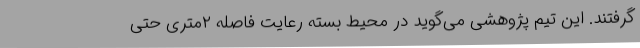
گرفتند. این تیم پژوهشی می‌گوید در محیط بسته رعایت فاصله ۲‌متری حتی